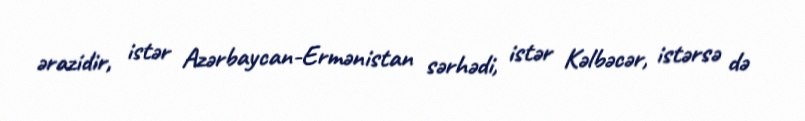
ərazidir, istər Azərbaycan-Ermənistan sərhədi, istər Kəlbəcər, istərsə də